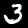
Digit: 3